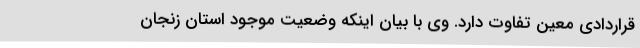
قراردادی معین تفاوت دارد. وی با بیان اینکه وضعیت موجود استان زنجان